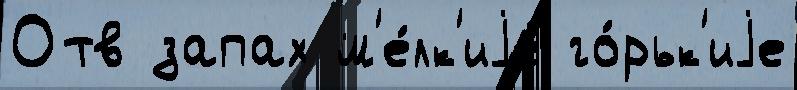
Отв запах м'е́лк'иjе го́рьк'иjе